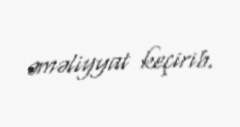
əməliyyat keçirib.